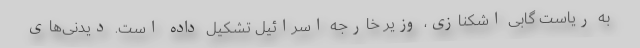
به ریاست گابی اشکنازی، وزیر خارجه اسرائیل تشکیل داده است. دیدنی‌های